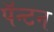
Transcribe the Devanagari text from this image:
पॅन्टन